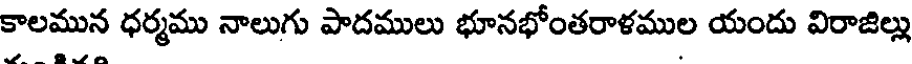
కాలమున ధర్మము నాలుగు పాదములు భూనభోంతరాళముల యందు విరాజిల్లు